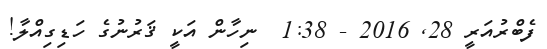
ފެބްރުއަރީ 28